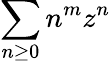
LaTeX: \sum_{n\geq 0}n^{m}z^{n}